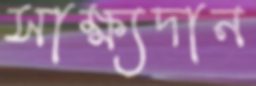
সাক্ষ্যদান